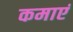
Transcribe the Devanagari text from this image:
कमाएं